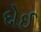
દોઈ